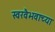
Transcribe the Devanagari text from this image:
स्वरवैभवाच्या